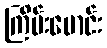
ကြိမ်းမောင်း